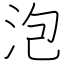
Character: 泡